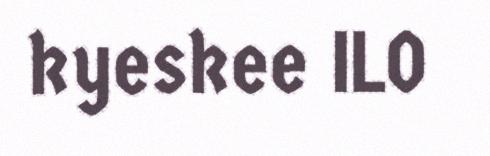
kyeskee ILO